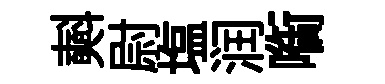
𣂏尉塩润㗸